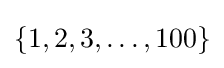
\{1,2,3,\dots ,100\}